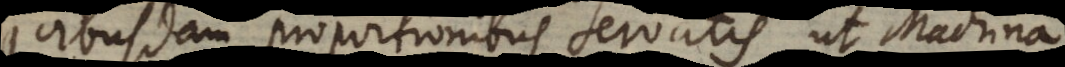
quibusdam proportionibus servatis, ut Machina